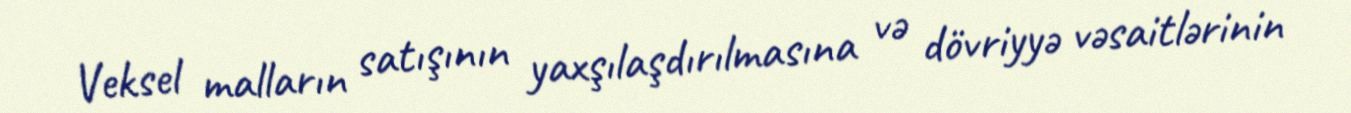
Veksel malların satışının yaxşılaşdırılmasına və dövriyyə vəsaitlərinin